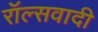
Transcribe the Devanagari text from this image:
रॉल्सवादी